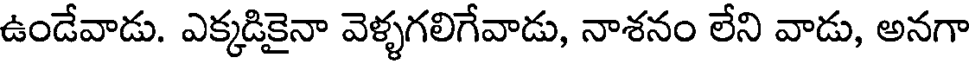
ఉండేవాడు. ఎక్కడికైనా వెళ్ళగలిగేవాడు, నాశనం లేని వాడు, అనగా